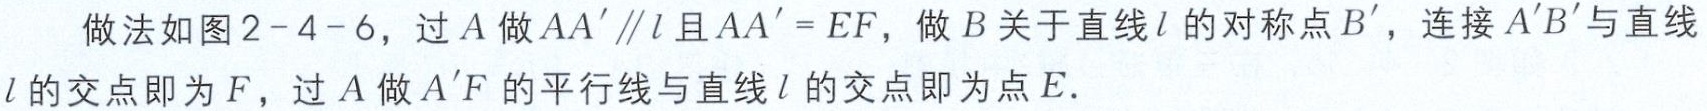
做法如图2-4-6，过\(A\)做\(AA'\parallel l\)且\(AA' = EF\)，做\(B\)关于直线\(l\)的对称点\(B'\)，连接\(A'B'\)与直线\(l\)的交点即为\(F\)，过\(A\)做\(A'F\)的平行线与直线\(l\)的交点即为点\(E\).